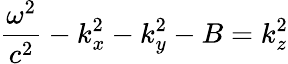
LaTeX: \frac{\omega^{2}}{c^{2}}-k_{x}^{2}-k_{y}^{2}-B=k_{z}^{2}